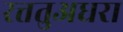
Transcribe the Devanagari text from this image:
रत्ततुअधरा